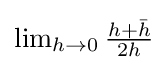
{\textstyle \lim _{h\to 0}{\frac {h+{\bar {h}}}{2h}}}